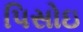
પિસોઇ